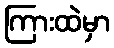
ကြားထဲမှာ